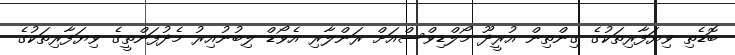
ބޮޑެތި ވިޔަފާރިތަކުގެ ގިންތިން އުރީދޫ މޯލްޑިވްސްއަށް ރަންލާރި އެވޯޑް ލިބުނުއިރު މެދުފަންތީގެ ވިޔަފާރިތަކުގެ